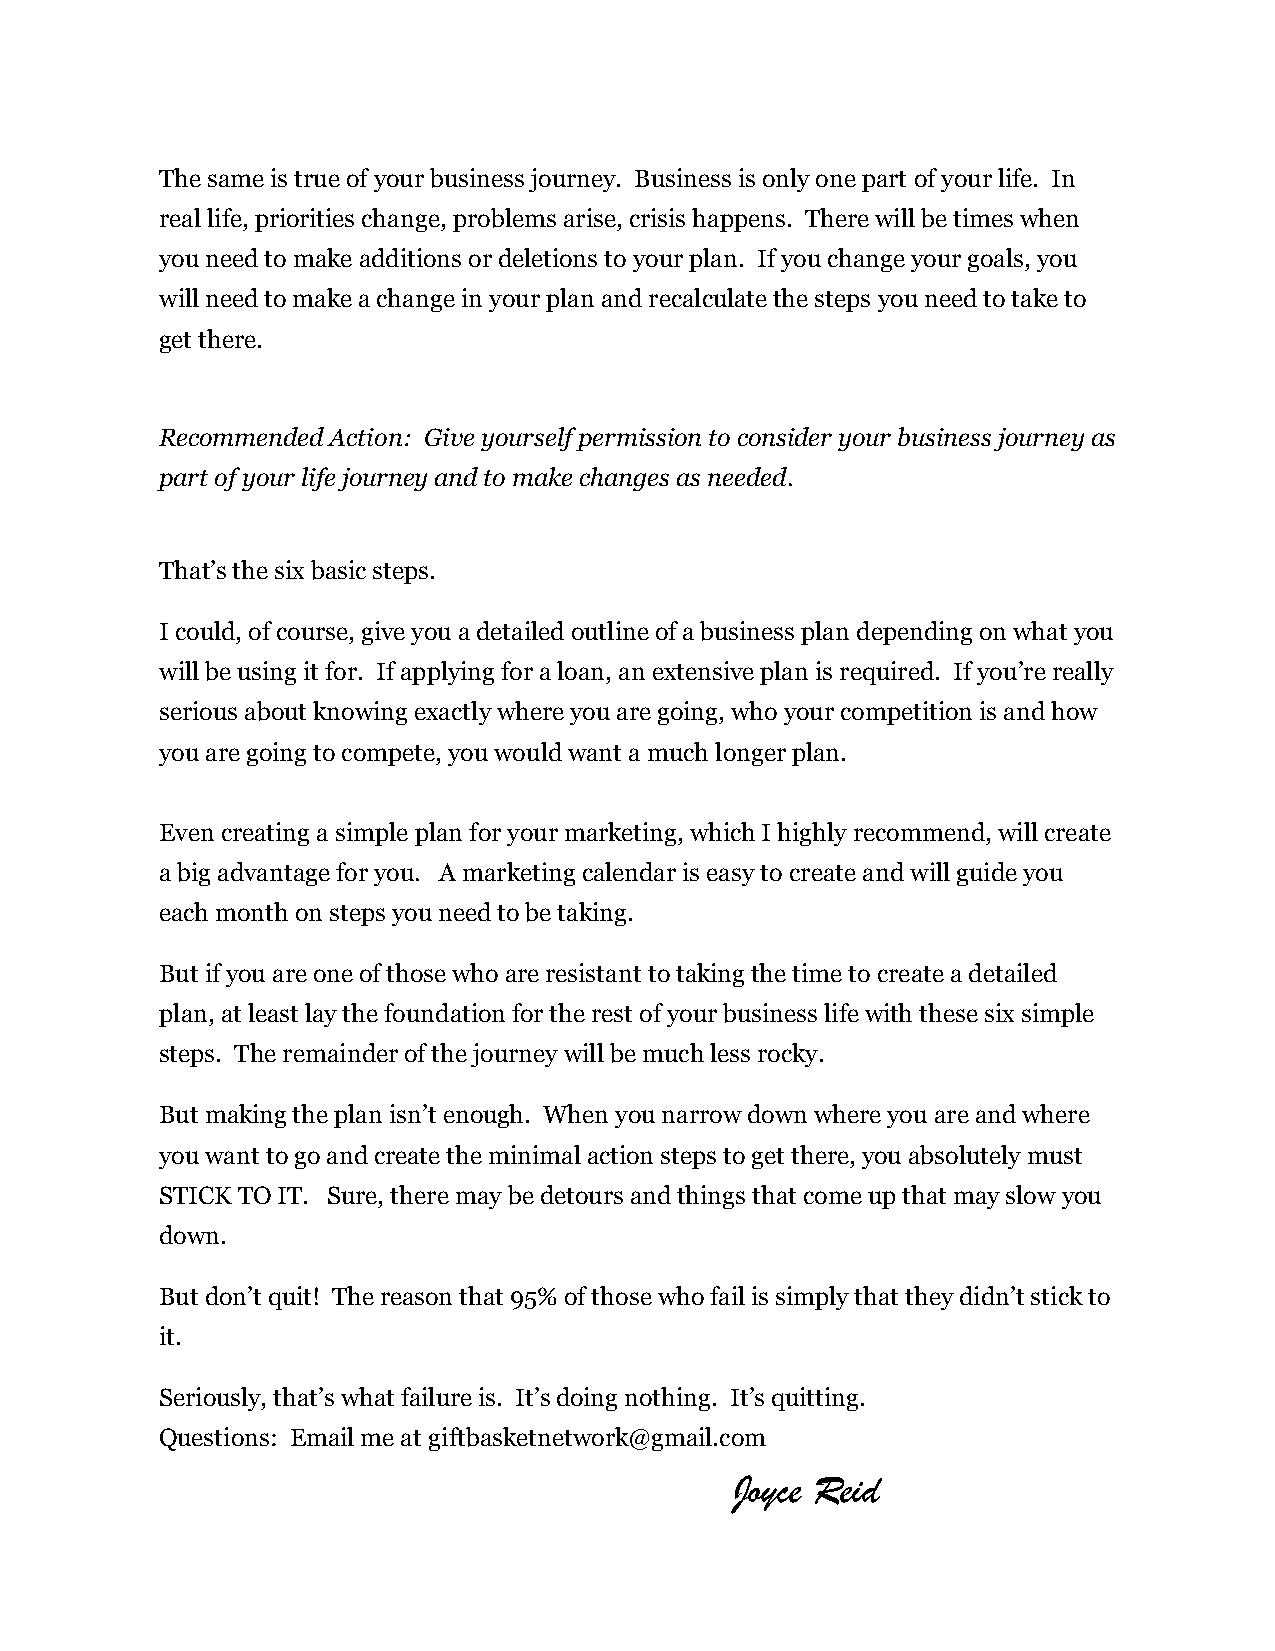
The same is true of your business journey. Business is only one part of your life. In
 real life, priorities change, problems arise, crisis happens. There will be times when
 you need to make additions or deletions to your plan. If you change your goals, you
 will need to make a change in your plan and recalculate the steps you need to take to
 get there.
 Recommended Action: Give yourself permission to consider your business journey as
 part of your life journey and to make changes as needed.
 That’s the six basic steps.
 I could, of course, give you a detailed outline of a business plan depending on what you
 will be using it for. If applying for a loan, an extensive plan is required. If you’re really
 serious about knowing exactly where you are going, who your competition is and how
 you are going to compete, you would want a much longer plan.
 Even creating a simple plan for your marketing, which I highly recommend, will create
 a big advantage for you. A marketing calendar is easy to create and will guide you
 each month on steps you need to be taking.
 But if you are one of those who are resistant to taking the time to create a detailed
 plan, at least lay the foundation for the rest of your business life with these six simple
 steps. The remainder of the journey will be much less rocky.
 But making the plan isn’t enough. When you narrow down where you are and where
 you want to go and create the minimal action steps to get there, you absolutely must
 STICK TO IT. Sure, there may be detours and things that come up that may slow you
 down.
 But don’t quit! The reason that 95% of those who fail is simply that they didn’t stick to
 it.
 Seriously, that’s what failure is. It’s doing nothing. It’s quitting.
 Questions: Email me at giftbasketnetwork@gmail.com
 Joyce Reid